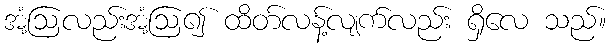
အံ့ဩလည်းအံ့ဩ၍ ထိတ်လန့်လျက်လည်း ရှိလေ သည်။